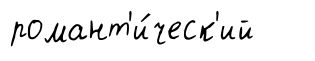
романт'и́ческ'ий